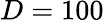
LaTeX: D=100